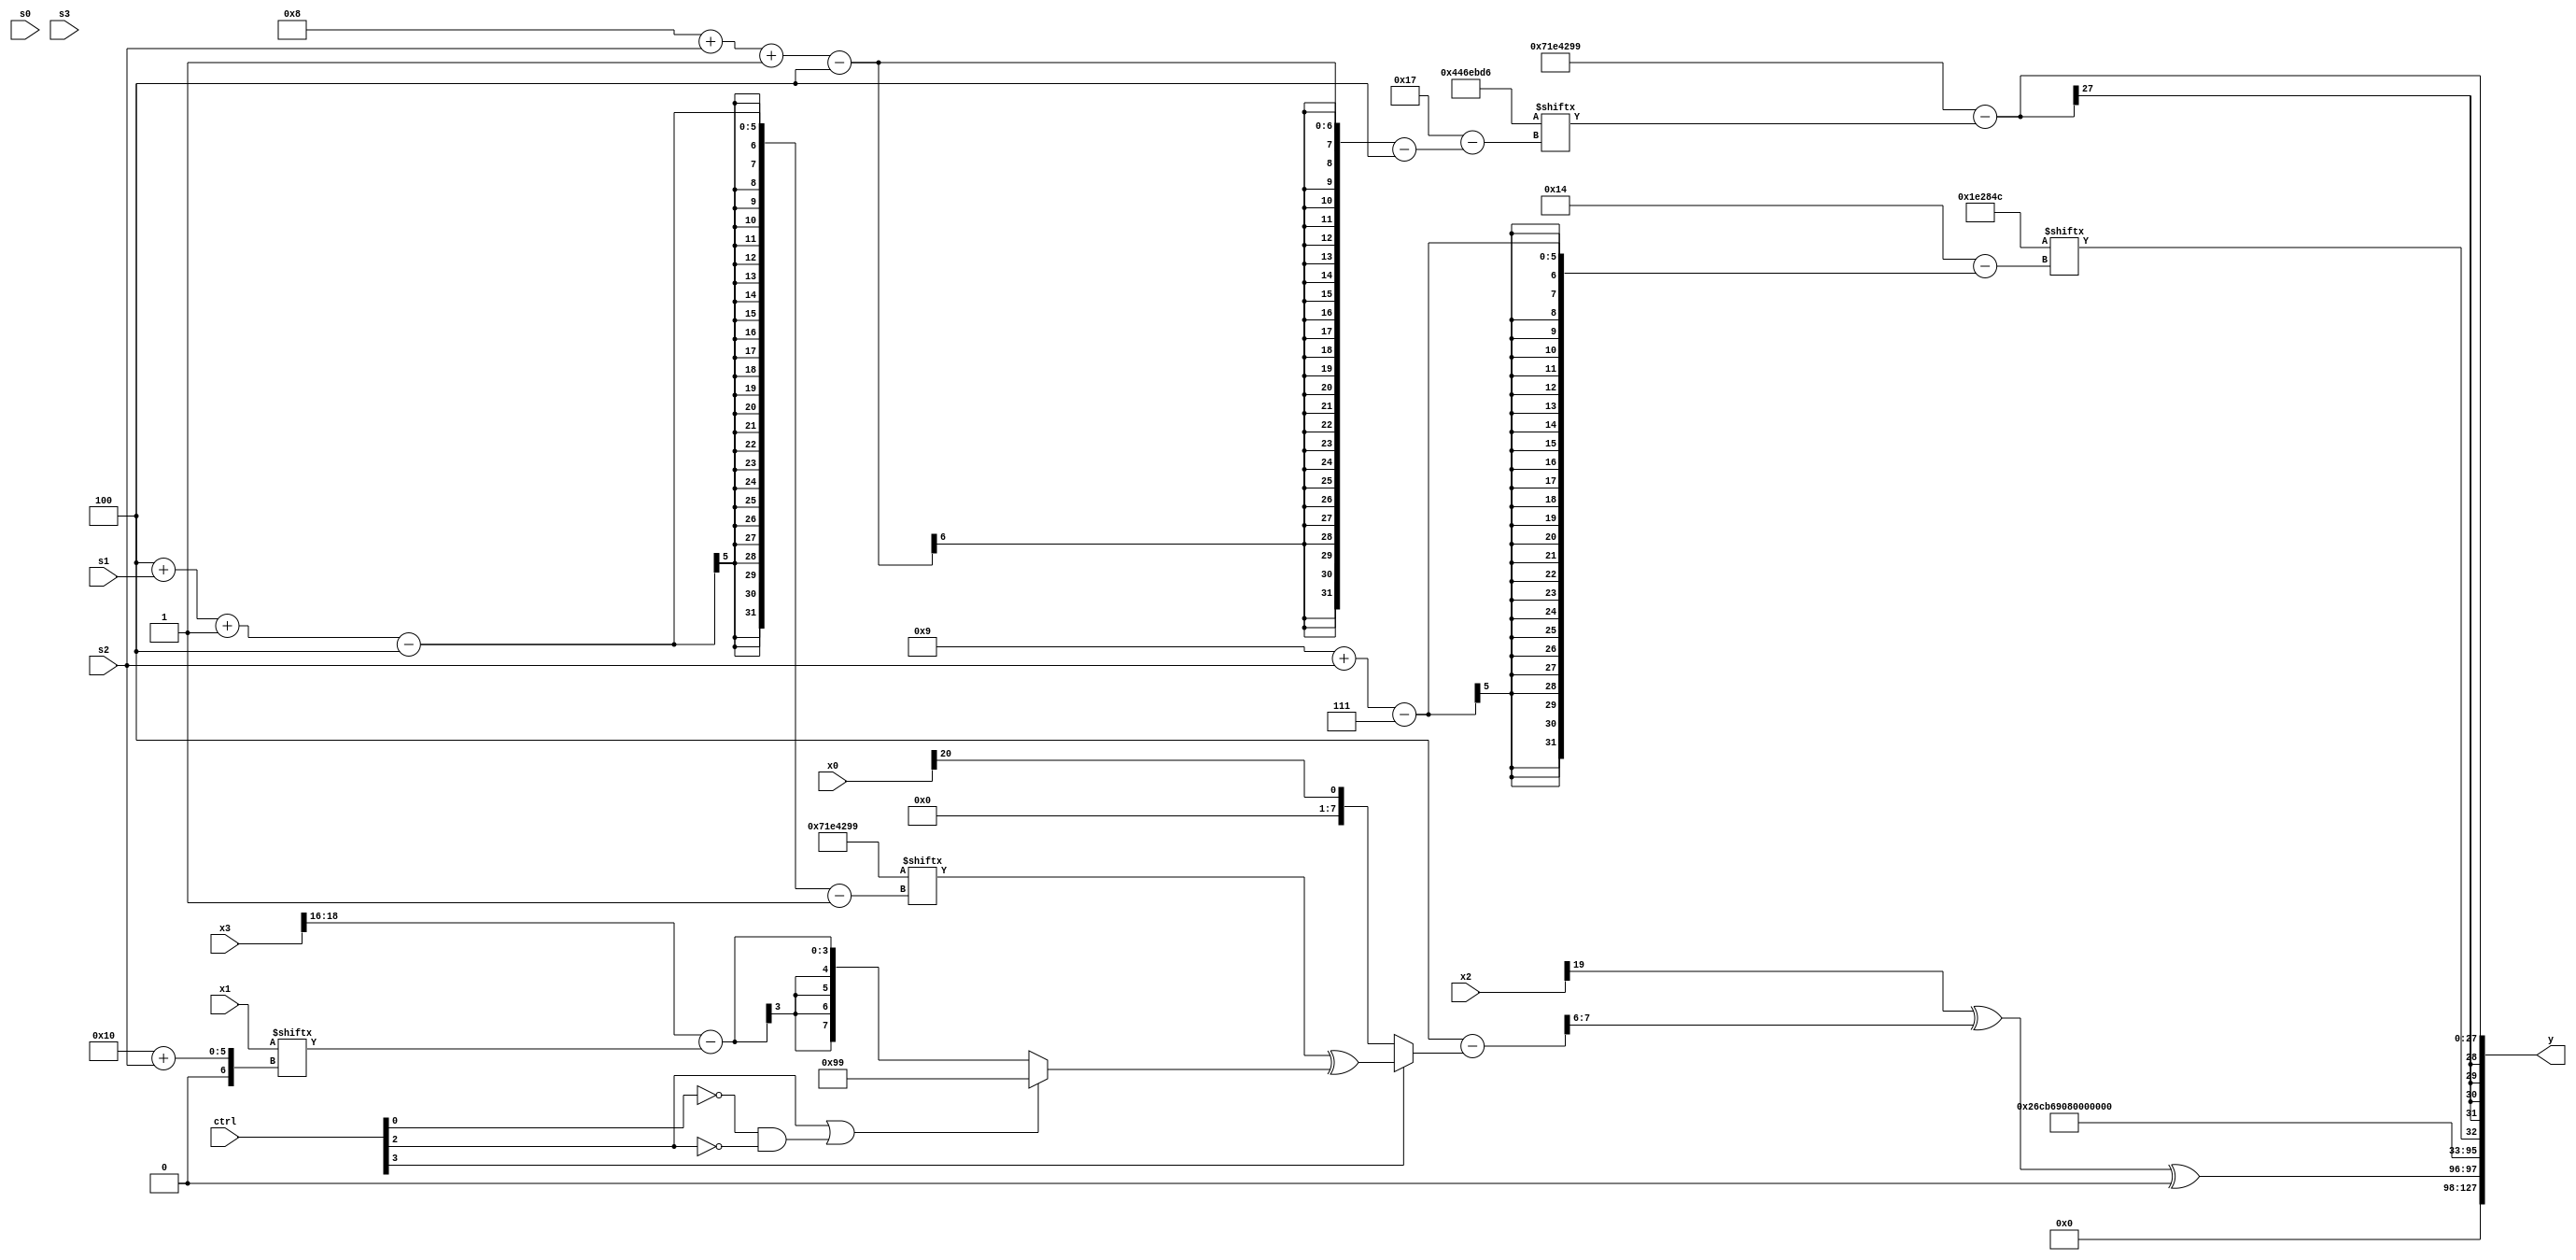
module partsel_00110(ctrl, s0, s1, s2, s3, x0, x1, x2, x3, y);
  input [3:0] ctrl;
  input [2:0] s0;
  input [2:0] s1;
  input [2:0] s2;
  input [2:0] s3;
  input signed [31:0] x0;
  input signed [31:0] x1;
  input [31:0] x2;
  input [31:0] x3;
  wire [24:5] x4;
  wire [29:5] x5;
  wire [26:3] x6;
  wire signed [25:2] x7;
  wire signed [4:24] x8;
  wire signed [6:31] x9;
  wire signed [7:29] x10;
  wire signed [7:28] x11;
  wire [26:5] x12;
  wire [26:6] x13;
  wire signed [5:30] x14;
  wire [6:25] x15;
  output [127:0] y;
  wire [31:0] y0;
  wire [31:0] y1;
  wire signed [31:0] y2;
  wire [31:0] y3;
  assign y = {y0,y1,y2,y3};
  localparam signed [29:1] p0 = 119423641;
  localparam [7:27] p1 = 698230860;
  localparam signed [2:30] p2 = 618229025;
  localparam [4:30] p3 = 71756758;
  assign x4 = (p1[10 +: 3] - (!ctrl[3] || ctrl[0] && !ctrl[0] ? x0[20] : (p0[4 + s1 -: 4] ^ {2{(ctrl[2] || !ctrl[0] && !ctrl[2] ? p0 : (x3[18 -: 3] - x1[16 + s2]))}})));
  assign x5 = p0[17 + s1];
  assign x6 = (x3[4 + s3 +: 2] | x2[8 + s3 +: 1]);
  assign x7 = {2{p0[15 + s1]}};
  assign x8 = (p3[14 + s1] ^ p3[5 + s1]);
  assign x9 = {2{(({{2{x1[3 + s0 -: 8]}}, p1[5 + s0 -: 2]} + (p2[16 + s3] ^ x5[19 +: 2])) - p2[11 + s0 +: 5])}};
  assign x10 = p1[4 + s0];
  assign x11 = x5;
  assign x12 = ({p0[12], x11[19 +: 4]} & {(!ctrl[0] || !ctrl[3] || ctrl[1] ? p0[15 + s2] : (x1[12 + s3] | (x4 | p3))), x6[11 +: 2]});
  assign x13 = (!ctrl[1] && ctrl[3] && ctrl[0] ? p3[1 + s1 -: 1] : (x8 + p1));
  assign x14 = ({(x12[19 + s3 +: 1] - (x4[13 -: 2] - {(p3 & p3[8 + s3]), p3})), p3} & p0[18 + s0 -: 5]);
  assign x15 = {2{((p1 | ((ctrl[1] && !ctrl[3] && ctrl[2] ? ((x1[17 +: 4] | p0[15 + s0 -: 4]) ^ (p1[14] & p3[13 +: 3])) : x2) & {2{p2}})) + (p1[9] ^ p1[9 + s1 -: 6]))}};
  assign y0 = ((x2[19] ^ x4[11 +: 2]) ^ p1[18 +: 2]);
  assign y1 = p2;
  assign y2 = p1[9 + s2];
  assign y3 = (p0 - p3[8 + s2 -: 4]);
endmodule